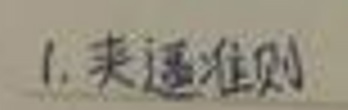
1. 夹逼准则